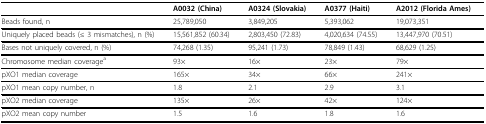
<table><thead><tr><td></td><td><b>A0032 (China)</b></td><td><b>A0324 (Slovakia)</b></td><td><b>A0377 (Haiti)</b></td><td><b>A2012 (Florida Ames)</b></td></tr></thead><tbody><tr><td>Beads found, n</td><td>25,789,050</td><td>3,849,205</td><td>5,393,062</td><td>19,073,351</td></tr><tr><td>Uniquely placed beads (≤ 3 mismatches), n (%)</td><td>15,561,852 (60.34)</td><td>2,803,450 (72.83)</td><td>4,020,634 (74.55)</td><td>13,447,970 (70.51)</td></tr><tr><td>Bases not uniquely covered, n (%)</td><td>74,268 (1.35)</td><td>95,241 (1.73)</td><td>78,849 (1.43)</td><td>68,629 (1.25)</td></tr><tr><td>Chromosome median coverage<sup>a</sup></td><td>93×</td><td>16×</td><td>23×</td><td>79×</td></tr><tr><td>pXO1 median coverage</td><td>165×</td><td>34×</td><td>66×</td><td>241×</td></tr><tr><td>pXO1 mean copy number, n</td><td>1.8</td><td>2.1</td><td>2.9</td><td>3.1</td></tr><tr><td>pXO2 median coverage</td><td>135×</td><td>26×</td><td>42×</td><td>124×</td></tr><tr><td>pXO2 mean copy number</td><td>1.5</td><td>1.6</td><td>1.8</td><td>1.6</td></tr></tbody></table>